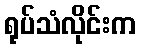
ရုပ်သံလိုင်းက